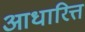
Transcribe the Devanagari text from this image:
आधारित्त